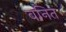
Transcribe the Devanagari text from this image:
वनित